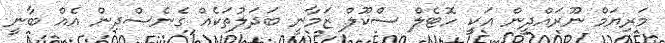
މަރިޔަމް ނޫރައްދީން އަކީ ހޮޓެލް ސްކޫލް ޒަމާނީ ބަދަލުތަކެއް ގެނެސްދިން އެއް ބާނީ